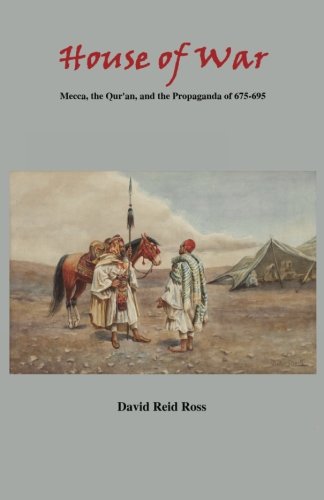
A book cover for House of War: Mecca, the Qur'an, and the Propaganda of 675-695; David Reid Ross; Religion & Spirituality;